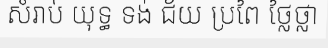
សំរាប់ យុទ្ធ ទង់ ជ័យ ប្រពៃ ថ្លៃថ្លា